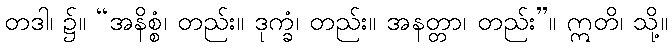
တဒါ၊ ၌။ “အနိစ္စံ၊ တည်း။ ဒုက္ခံ၊ တည်း။ အနတ္တာ၊ တည်း”။ ဣတိ၊ သို့။